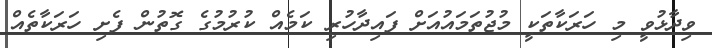
ވިދާޅުވީ މި ހަރަކާތަކީ މުޖުތަމައުއަށް ފައިދާހުރި ކަމެއް ކުރުމުގެ ގޮތުން ފެށި ހަރަކާތެއް